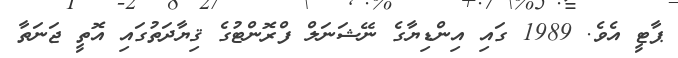
ޕާޓީ އެވެ. 1989 ގައި އިންޑިޔާގެ ނޭޝަނަލް ފްރޮންޓުގެ ޤިޔާދަތުގައި އޮތީ ޖަނަތާ